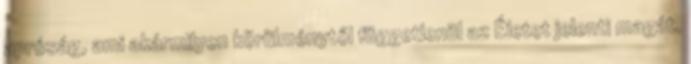
apróság, ami akármilyen körülménytől függetlenül az Életet jelenti magát.